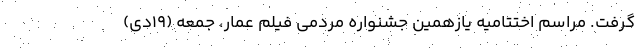
گرفت. مراسم اختتامیه یازهمین جشنواره مردمی فیلم عمار، جمعه (۱۹دی)